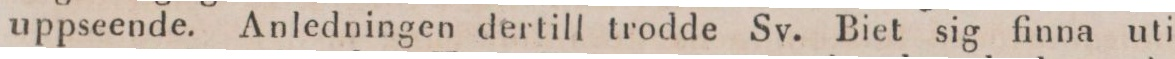
uppseende. Anledningen dertill trodde Sv. Biet sig finna uti